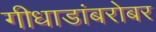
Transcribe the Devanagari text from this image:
गीधाडांबरोबर